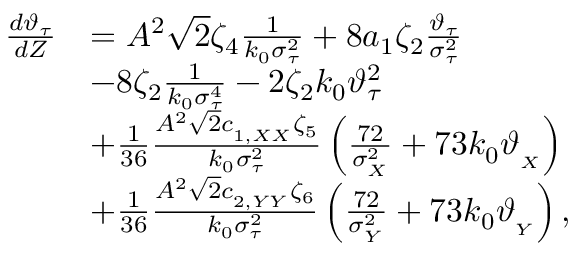
\begin{array} { r l } { \frac { d \vartheta _ { \tau } } { d Z } } & { = A ^ { 2 } \sqrt { 2 } \zeta _ { 4 } \frac { 1 } { k _ { 0 } \sigma _ { \tau } ^ { 2 } } + 8 a _ { 1 } \zeta _ { 2 } \frac { \vartheta _ { \tau } } { \sigma _ { \tau } ^ { 2 } } } \\ & { - 8 \zeta _ { 2 } \frac { 1 } { k _ { 0 } \sigma _ { \tau } ^ { 4 } } - 2 \zeta _ { 2 } k _ { 0 } \vartheta _ { \tau } ^ { 2 } } \\ & { + \frac { 1 } { 3 6 } \frac { A ^ { 2 } \sqrt { 2 } c _ { _ { 1 , X X } } \zeta _ { 5 } } { k _ { 0 } \sigma _ { \tau } ^ { 2 } } \left( \frac { 7 2 } { \sigma _ { _ X } ^ { 2 } } + 7 3 k _ { 0 } \vartheta _ { _ { X } } \right) } \\ & { + \frac { 1 } { 3 6 } \frac { A ^ { 2 } \sqrt { 2 } c _ { _ { 2 , Y Y } } \zeta _ { 6 } } { k _ { 0 } \sigma _ { \tau } ^ { 2 } } \left( \frac { 7 2 } { \sigma _ { _ Y } ^ { 2 } } + 7 3 k _ { 0 } \vartheta _ { _ { Y } } \right) , } \end{array}